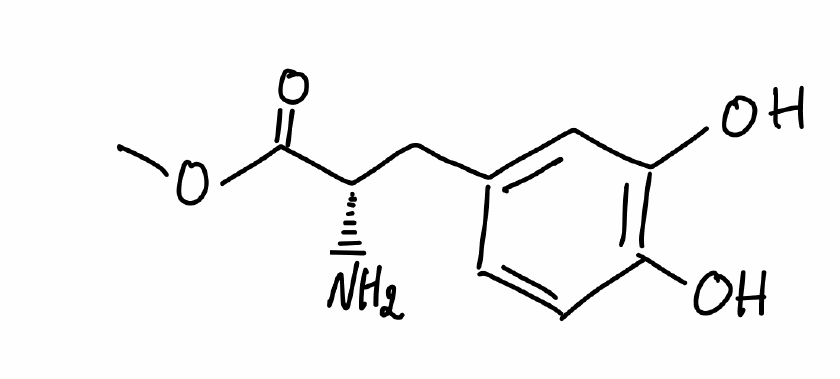
Simplified molecular-input line-entry system (SMILES) notation of the given molecule:
COC(=O)[C@H](CC1=CC(=C(C=C1)O)O)N